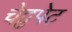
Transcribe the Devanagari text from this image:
चेट्टपेट